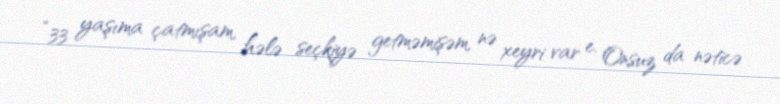
“33 yaşıma çatmışam, hələ seçkiyə getməmişəm, nə xeyri var e. Onsuz da nəticə